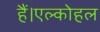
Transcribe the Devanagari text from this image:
हैं।एल्कोहल